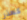
كعذر